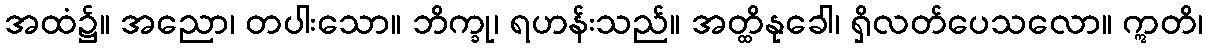
အထံ၌။ အညော၊ တပါးသော။ ဘိက္ခု၊ ရဟန်းသည်။ အတ္ထိနုခေါ၊ ရှိလတ်ပေသလော။ ဣတိ၊